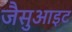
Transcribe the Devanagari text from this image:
जैसुआइट